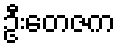
ဦးတေဇက